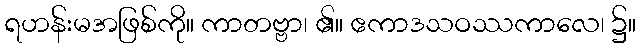
ရဟန်းမအဖြစ်ကို။ ကာတဗ္ဗာ၊ ၏။ ဧကာဒသဝဿကာလေ၊ ၌။